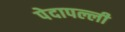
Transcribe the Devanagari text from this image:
पेदापल्ली